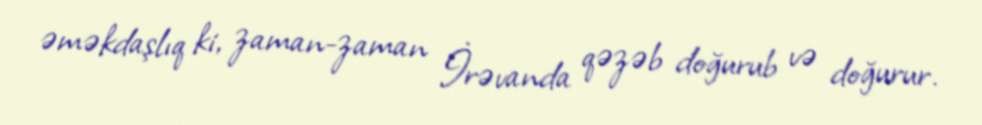
əməkdaşlıq ki, zaman-zaman İrəvanda qəzəb doğurub və doğurur.